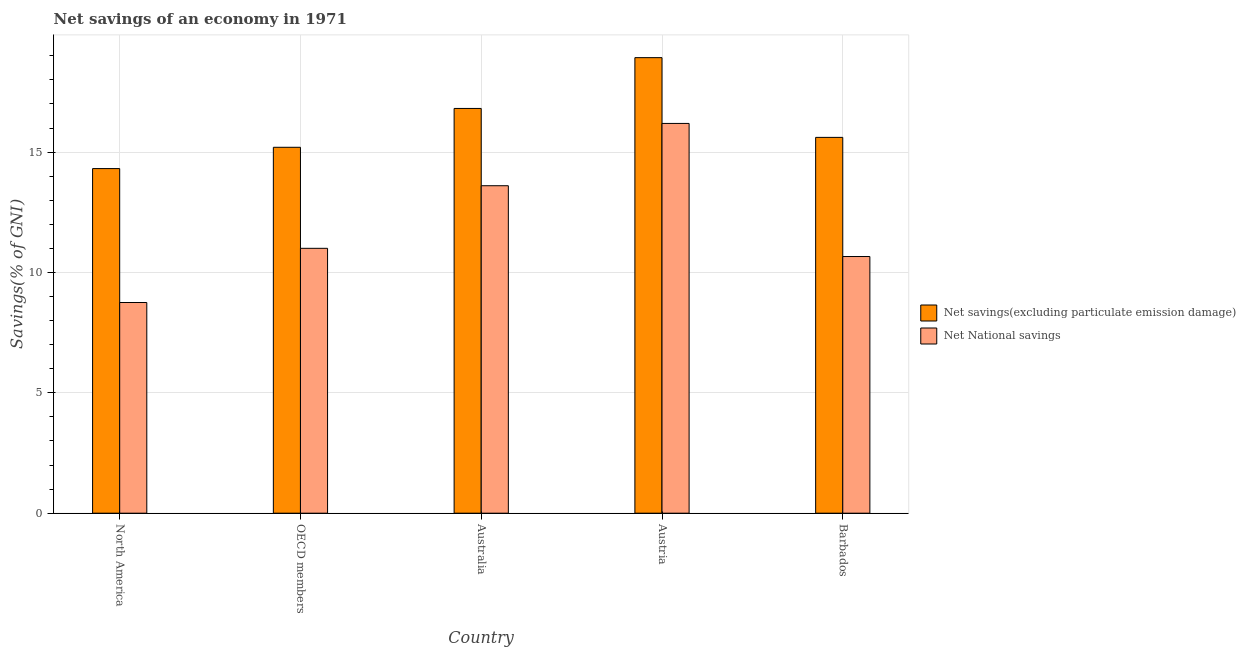
| Country | Net savings(excluding particulate emission damage) | Net National savings |
 | --- | --- | --- |
 | North America | 14.3 | 8.75 |
 | OECD members | 15.2 | 11 |
 | Australia | 16.8 | 13.6 |
 | Austria | 18.9 | 16.2 |
 | Barbados | 15.6 | 10.7 |